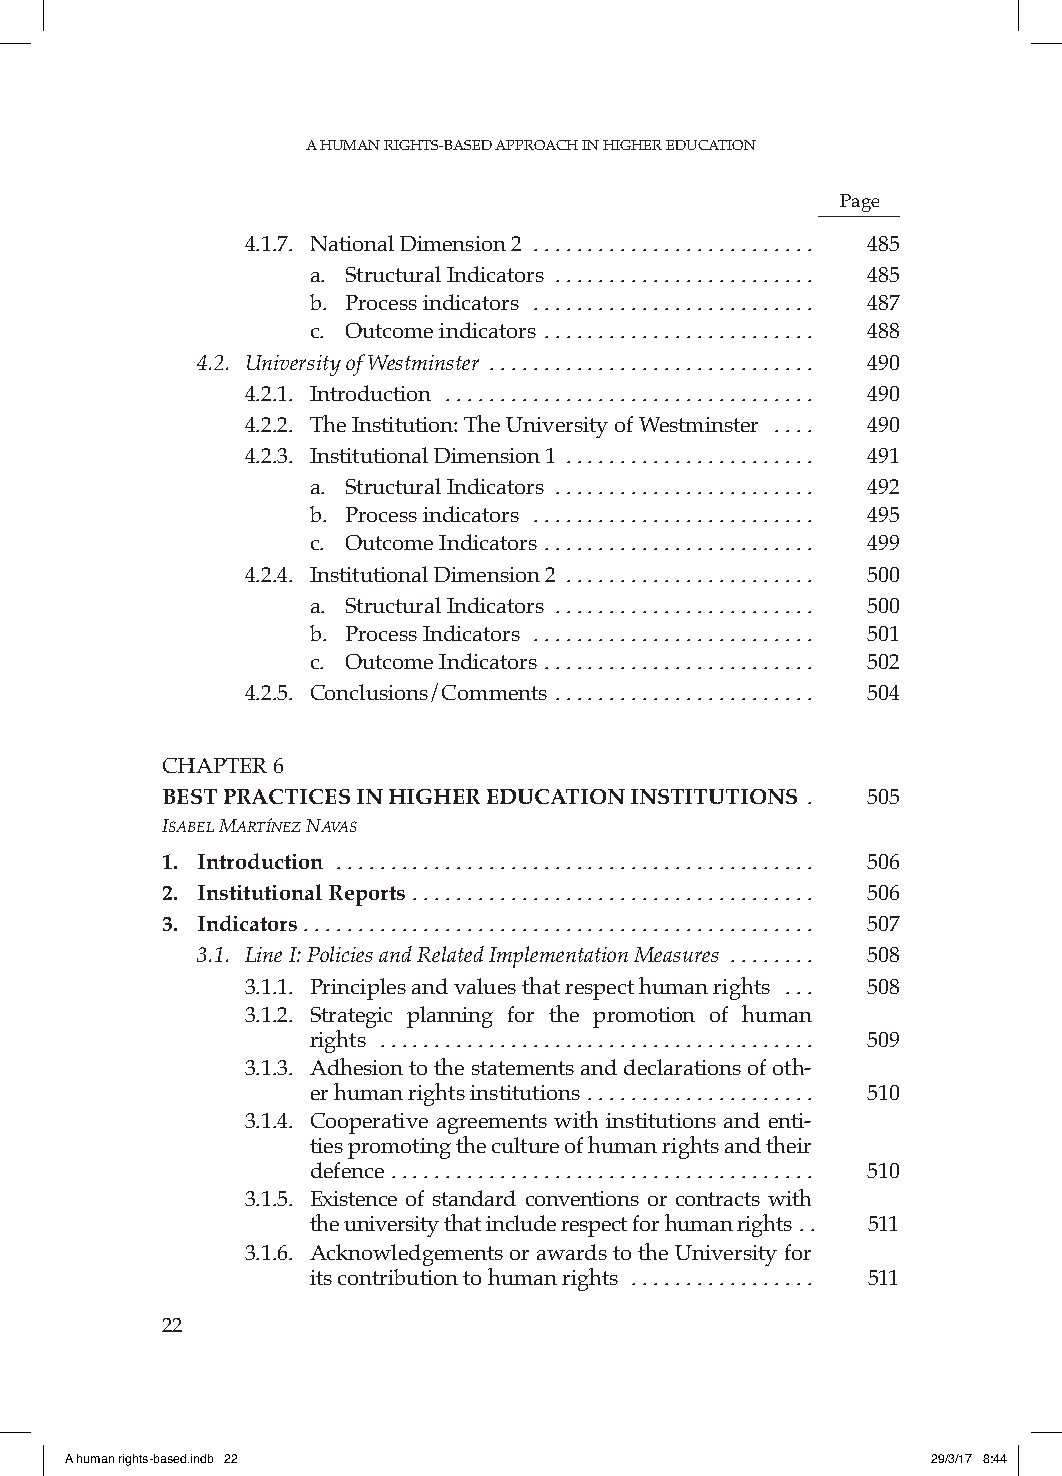
A HUMAN RIGHTS-BASED APPROACH IN HIGHER EDUCATION
 Page
 4.1.7. National Dimension 2 .......................... 485
 a. Structural Indicators ........................ 485
 b. Process indicators .......................... 487
 c. Outcome indicators ......................... 488
 4.2. University of Westminster .............................. 490
 4.2.1. Introduction .................................. 490
 4.2.2. The Institution: The University of Westminster .... 490
 4.2.3. Institutional Dimension 1 ....................... 491
 a. Structural Indicators ........................ 492
 b. Process indicators .......................... 495
 c. Outcome Indicators ......................... 499
 4.2.4. Institutional Dimension 2 ....................... 500
 a. Structural Indicators ........................ 500
 b. Process Indicators .......................... 501
 c. Outcome Indicators ......................... 502
 4.2.5. Conclusions/Comments ........................ 504
 CHAPTER 6
 BEST PRACTICES IN HIGHER EDUCATION INSTITUTIONS . 505
 isabEl MartínEz naVas
 1. Introduction ............................................ 506
 2. Institutional Reports ..................................... 506
 3. Indicators ............................................... 507
 3.1. Line I: Policies and Related Implementation Measures ........ 508
 3.1.1. Principles and values that respect human rights ... 508
 3.1.2. Strategic planning for the promotion of human
 rights ........................................ 509
 3.1.3. Adhesion to the statements and declarations of oth-
 er human rights institutions ..................... 510
 3.1.4. Cooperative agreements with institutions and enti-
 ties promoting the culture of human rights and their
 defence ....................................... 510
 3.1.5. Existence of standard conventions or contracts with
 the university that include respect for human rights .. 511
 3.1.6. Acknowledgements or awards to the University for
 its contribution to human rights ................. 511
 22
 A human rights-based.indb 22                              29/3/17 8:44